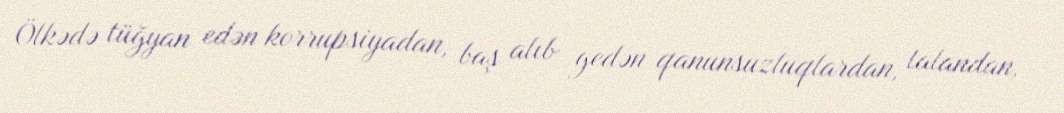
Ölkədə tüğyan edən korrupsiyadan, baş alıb gedən qanunsuzluqlardan, talandan,